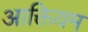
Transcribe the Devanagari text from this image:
आक्तियम